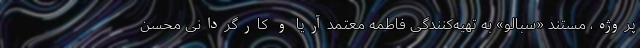
پروژه، مستند «سبالو» به تهیه‌کنندگی فاطمه معتمدآریا و کارگردانی محسن